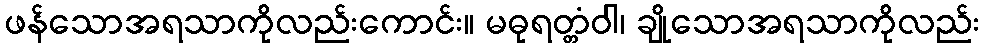
ဖန်သောအရသာကိုလည်းကောင်း။ မဓုရတ္တံဝါ၊ ချိုသောအရသာကိုလည်း